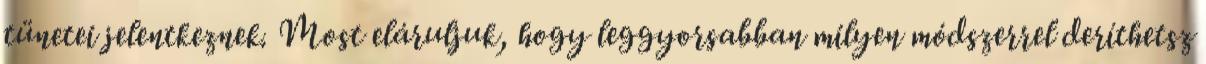
tünetei jelentkeznek. Most eláruljuk, hogy leggyorsabban milyen módszerrel deríthetsz